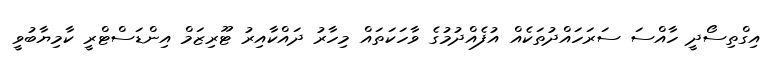
އިގްތިސޯދީ ހާއްސަ ސަރަހައްދުތަކެއް އުފެއްދުމުގެ ވާހަކަތައް މިހާރު ދައްކާއިރު ޓޫރިޒަމް އިންޑަސްޓްރީ ކާމިޔާބުވީ